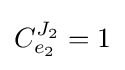
C_{e_{2}}^{J_{2}}=1